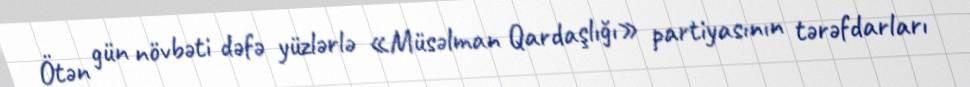
Ötən gün növbəti dəfə yüzlərlə «Müsəlman Qardaşlığı» partiyasının tərəfdarları